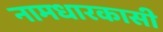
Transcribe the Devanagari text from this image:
नामधारकासी